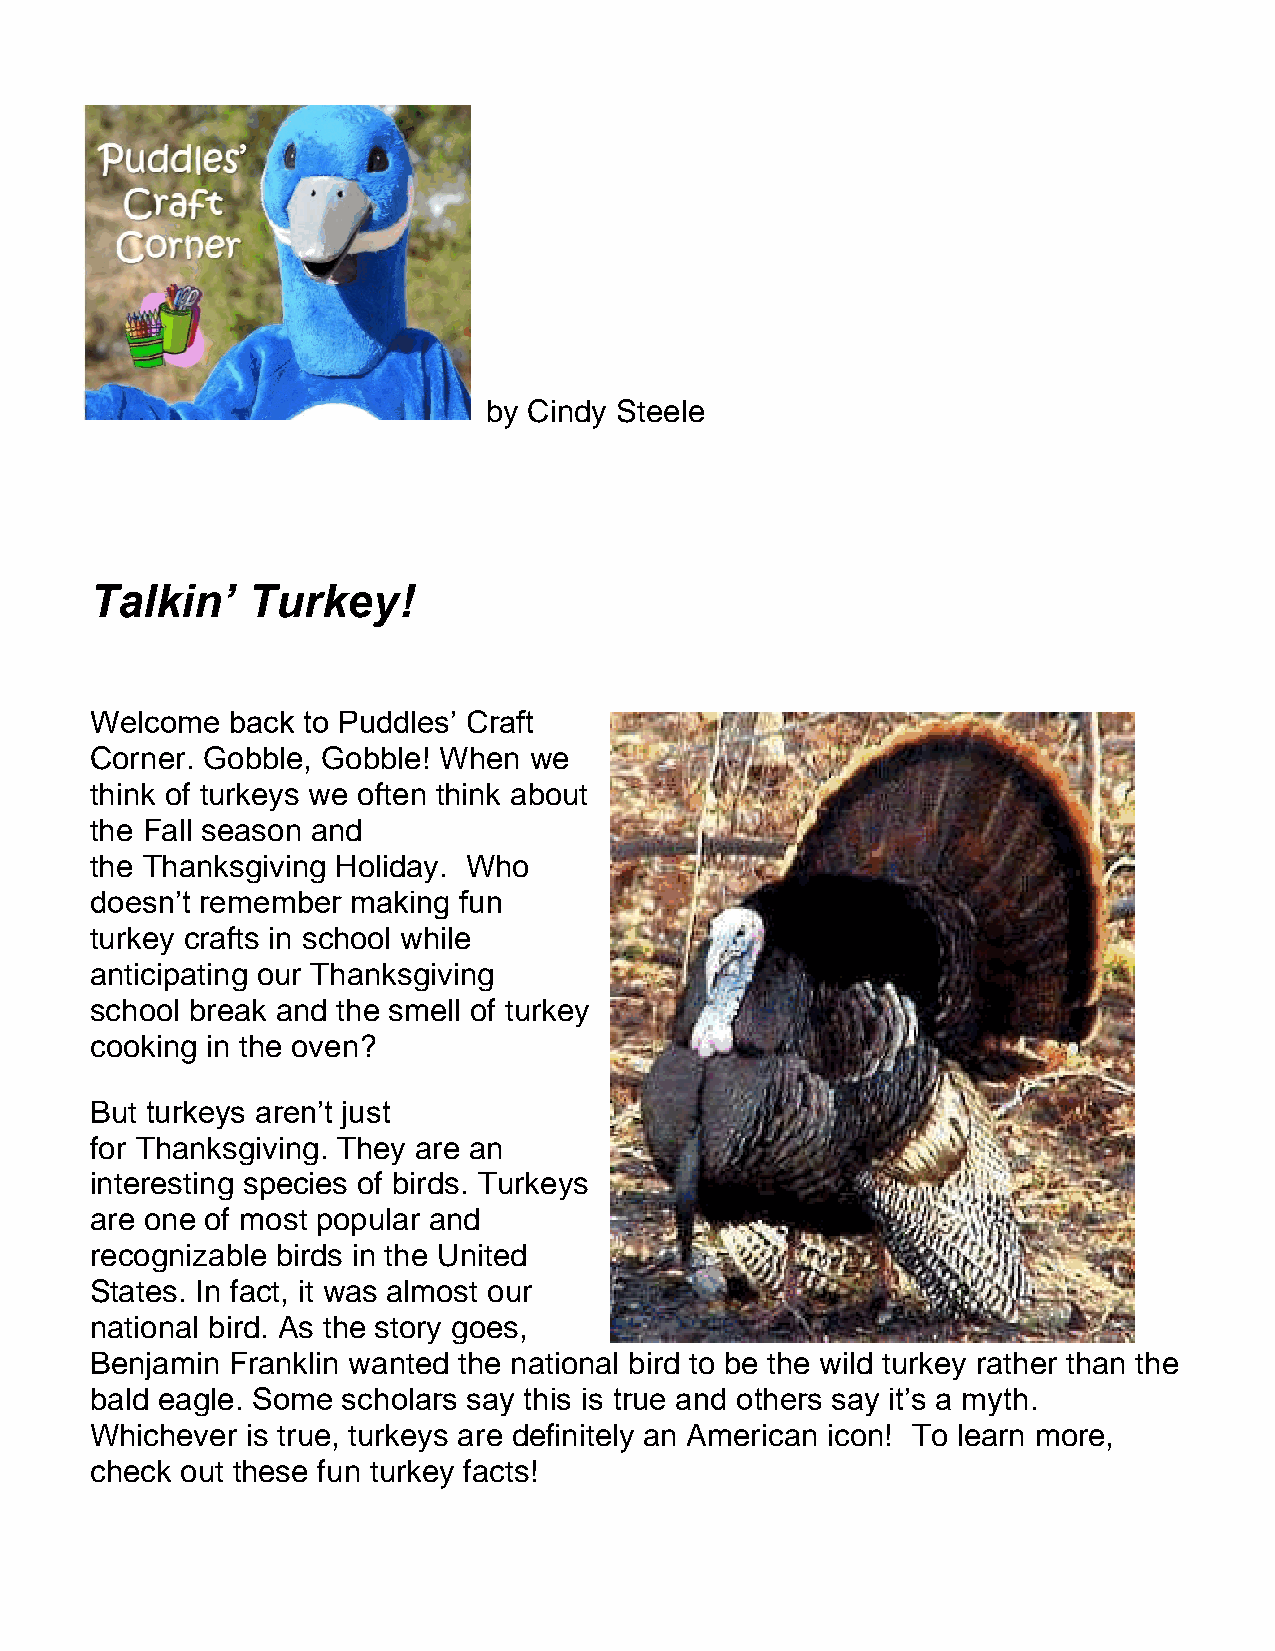
by Cindy Steele
 Talkin’   Turkey!
 Welcome  back to Puddles’ Craft
 Corner. Gobble, Gobble! When we
 think of turkeys we often think about
 the Fall season and
 the Thanksgiving Holiday. Who
 doesn’t remember making fun
 turkey crafts in school while
 anticipating our Thanksgiving
 school break and the smell of turkey
 cooking in the oven?
 But turkeys aren’t just
 for Thanksgiving. They are an
 interesting species of birds. Turkeys
 are one of most popular and
 recognizable birds in the United
 States. In fact, it was almost our
 national bird. As the story goes,
 Benjamin Franklin wanted the national bird to be the wild turkey rather than the
 bald eagle. Some scholars say this is true and others say it’s a myth.
 Whichever is true, turkeys are definitely an American icon! To learn more,
 check out these fun turkey facts!